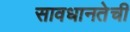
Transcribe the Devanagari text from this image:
सावधानतेची